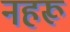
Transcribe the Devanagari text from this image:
नहरू